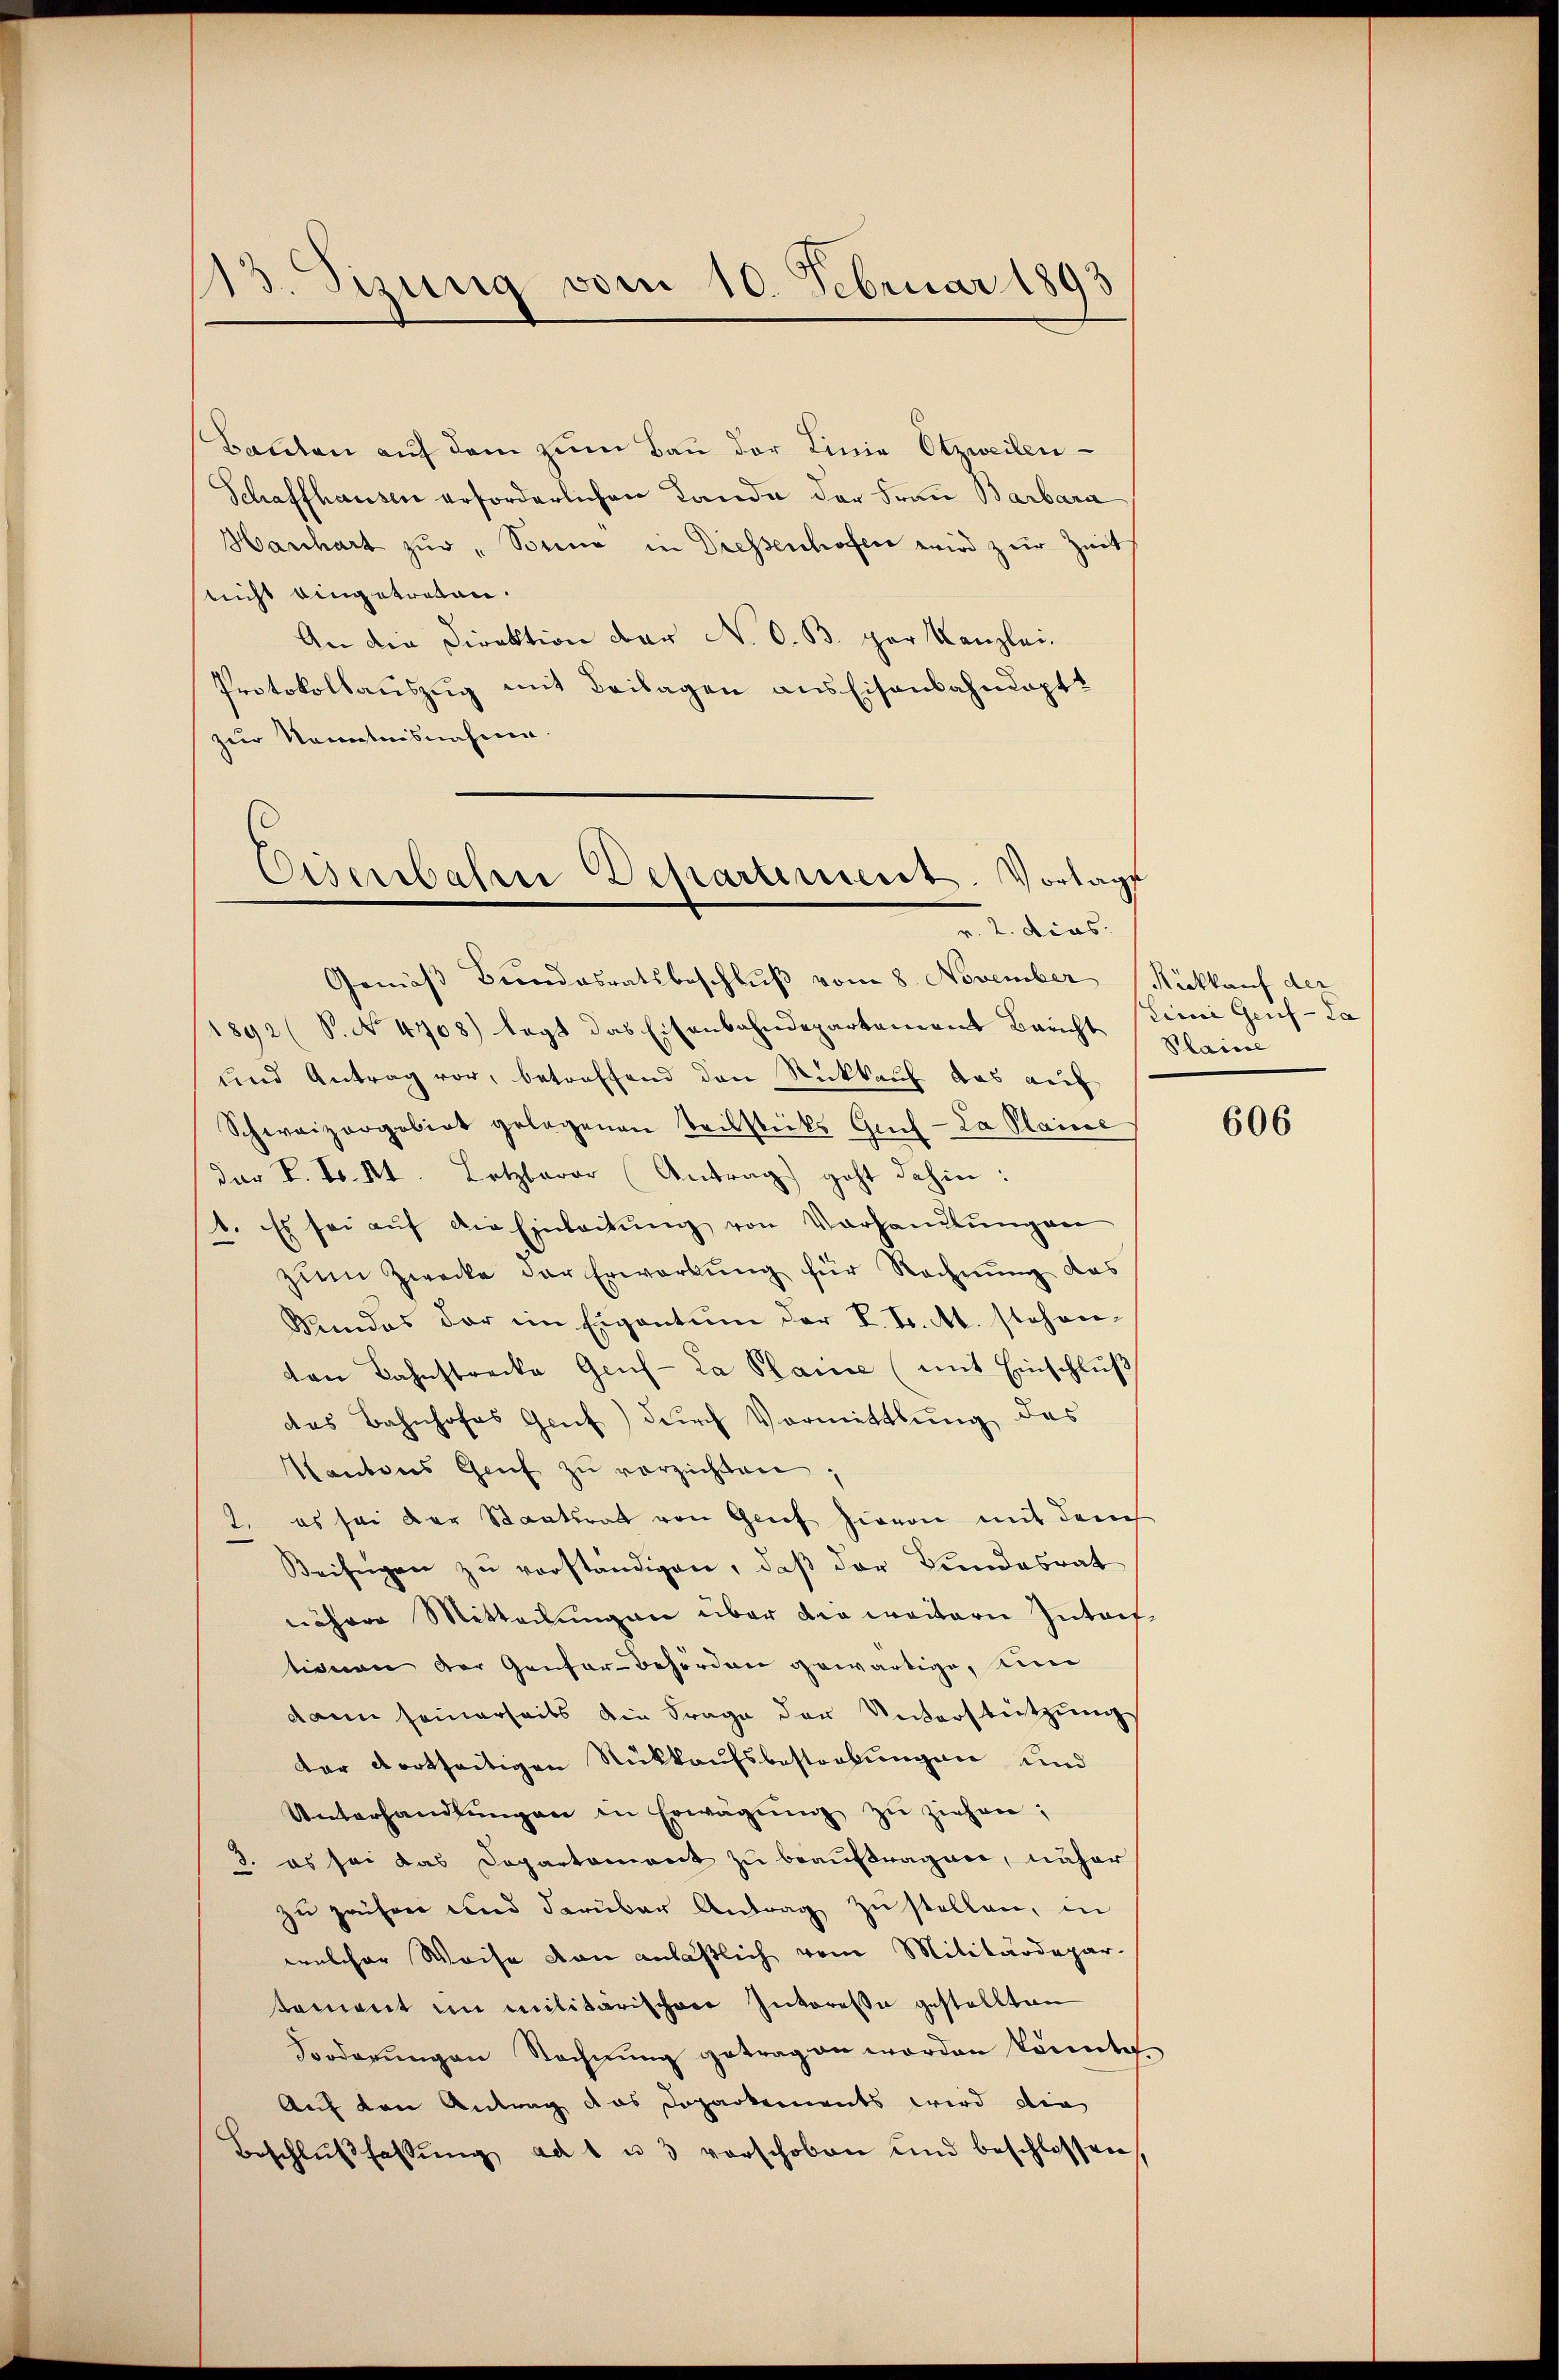
13. Sizung vom 10. Februar 1893

Baṅten aŭf dem zŭm Bau der Linie Otzweilen
Schaffhausen erforderlichen Lande der Frau Barbara
Hanhart zŭr "Sonna in Diessenhofen wird zur Zeit
nicht eingetreten.
An die Direktion der N. O. B. per Kanzlei.
Protokollauszug mit Beilagen aussisenbahndapt
zur Namentnisnahme.

Eiserbasse Departement. Vortage
v. 2. dies

Gemäß Bundesratsbeschlŭβ vom 8. November Rückkauf der
1892 (S. No. 4708) legt das Eisenbahndepartement Bericht steine Genf - da
und Antrag vor, betreffend den Rückkauf das auf
Schweizorgobirt gelegenen Teilstück Guch-La Plaice
der K. K. Kt. Lotzbarer Antrag geht dahin:
1. Es sei aŭf die Einleitŭng von Vorhandlŭngen
zum Zwecke der Erwartung für Rechnung das
Bundes der im Eigentum der L. F. M. stehen-
ton Bahnstrecke Gruf-La Plaine (mit Einschluß
das Bahnhofes Gruf) durch Vormittlung des
Kantons Genf zŭ verzichten.
2. es sei der Staatsrat von Grief hievon mit dem
Beifügen zu verständigen, daß der Bundesrat
nährer Mitteilungen über die weitern Intriftionen der Genfer-Behörden gewärtige, um
dann seinerseits die Frage der Unterstützung
dter dortseitigen Rückkaufsbestorbungen und
Unterhandlŭngen in Erwägŭng zŭ ziehen;
3. es sei das Departement zu beauftragen, näher
zŭ paisen und darüber Antrag zŭ stellen, in
welcher Weise von anläßlich vom Militärdepar-
tament im Militärischen Interesse gestellten
Forderungen Rechnung getragen worden könnte.
Auf den Antrag das Doparkements wird die
Beschlŭβ fassŭng ad 1 u. 3 vorschoben und beschlossen,

Phaise

606